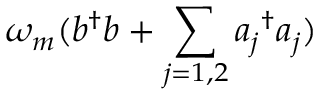
\omega _ { m } ( b ^ { \dagger } b + \sum _ { j = 1 , 2 } { a _ { j } } ^ { \dagger } a _ { j } )